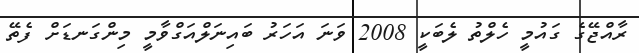
ރާއްޖޭގެ ގައުމީ ހެލްތު ލެބަކީ 2008 ވަނަ އަހަރު ބައިނަލްއަގްވާމީ މިންގަނޑަށް ފެތޭ